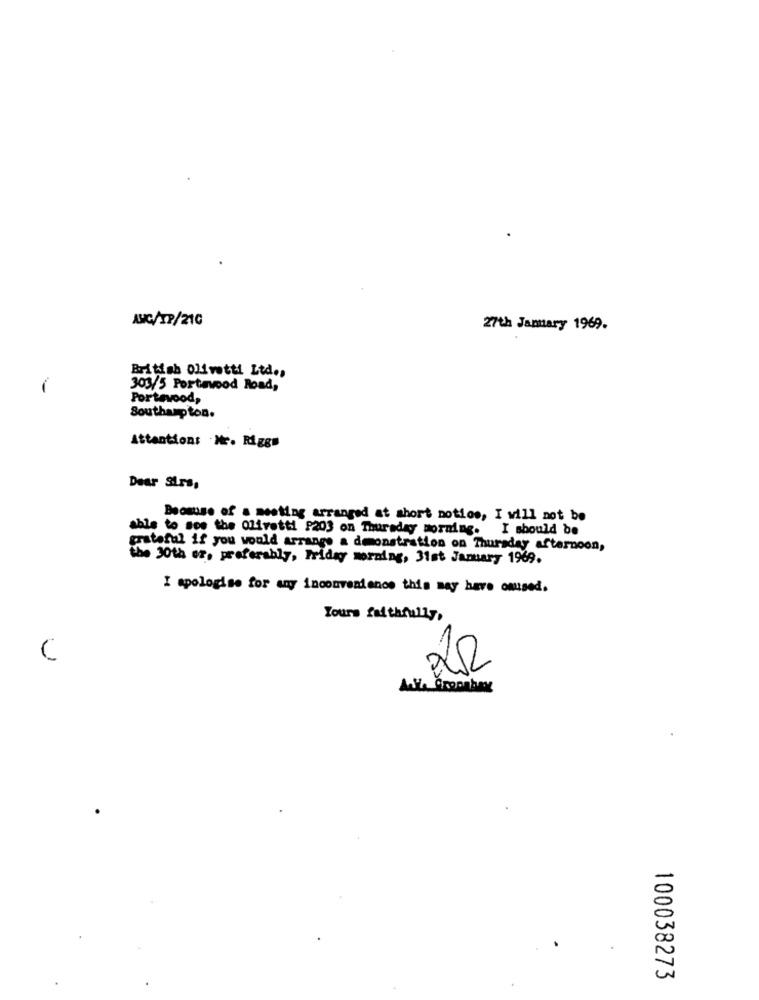
ANG/XP/21C
27th January 1969.
British Olivetti Ltd .,
303/5 Portavood Road,
Portavood,
Southampton.
Attentions . Nr. Rigg#
Dear Sirs,
Boosuse of a meeting arranged at short notice, I will not be
able to see the Olivetti 2203 on Thursday morning. I should be
grateful if you would arrange a demonstration on Thursday afternoon,
the 30th of, preferably, Friday morning, 31st January 1969.
I apologise for any inconvenience this may have omused.
Yours faithfully,
C
22
100038273